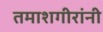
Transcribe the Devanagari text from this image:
तमाशगीरांनी